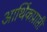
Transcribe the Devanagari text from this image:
आर्थिकप्राप्ती